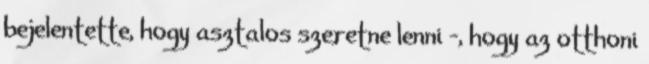
bejelentette, hogy asztalos szeretne lenni –, hogy az otthoni